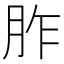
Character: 胙